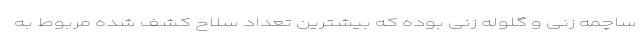
ساچمه زنی و گلوله زنی بوده که بیشترین تعداد سلاح کشف شده مربوط به